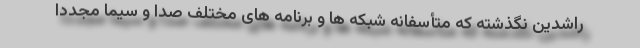
راشدین نگذشته که متأسفانه شبکه ها و برنامه های مختلف صدا و سیما مجدداً